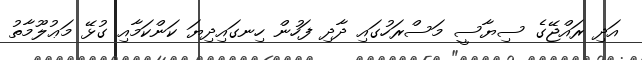
އަދި ރައްޖޭގެ ސިޔާސީ މަސްރަހުގައި ދާދި ފަހުން ހިނގައިދިޔަ ކަންކަމާއި ގުޅޭ މަޢުލޫމާތު